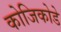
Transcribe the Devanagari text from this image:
कोजिकोडे